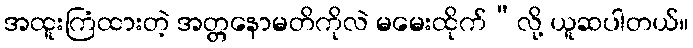
အထူးကြံထားတဲ့ အတ္တနောမတိကိုလဲ မမေးထိုက်”လို့ ယူဆပါတယ်။